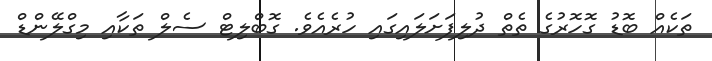
ތަކެއް ބޮޑު ގޮހޮރުގެ ތެތް ދުލިފަށަލައިގައި ހުރެއެވެ. ގޮބްލިޓް ސެލް ތަކާއި މިގްލޭންޑް